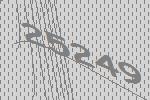
25249